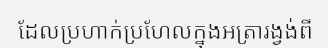
ដែលប្រហាក់ប្រហែលក្នុងអត្រារង្វង់ពី